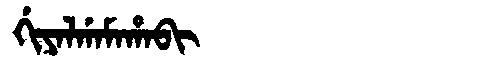
Manchu: ᡤᡳᠶᠠᠯᡤᠠᠮᠠᡥᠠᠪᡳ
Romanization: GIYALGAMAHABI